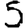
Digit: 5